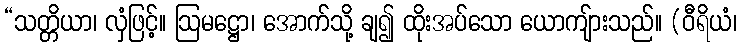
“သတ္တိယာ၊ လှံဖြင့်။ ဩမဋ္ဌော၊ အောက်သို့ ချ၍ ထိုးအပ်သော ယောကျ်ားသည်။ (ဝီရိယံ၊